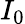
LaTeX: I_{0}